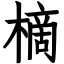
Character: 樀